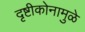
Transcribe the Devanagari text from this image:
दृष्टीकोनामुळे